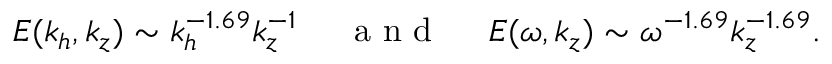
E ( k _ { h } , k _ { z } ) \sim k _ { h } ^ { - 1 . 6 9 } k _ { z } ^ { - 1 } ~ ~ ~ ~ \mathrm { ~ a ~ n ~ d ~ } ~ ~ ~ ~ E ( \omega , k _ { z } ) \sim \omega ^ { - 1 . 6 9 } k _ { z } ^ { - 1 . 6 9 } .